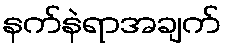
နက်နဲရာအချက်